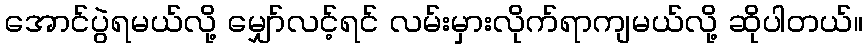
အောင်ပွဲရမယ်လို့ မျှော်လင့်ရင် လမ်းမှားလိုက်ရာကျမယ်လို့ ဆိုပါတယ်။